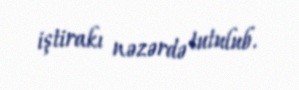
iştirakı nəzərdə tutulub.